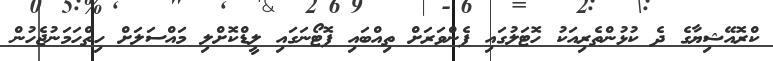
ކްރޮއޭޝިޔާގެ ދެ ކުޅުންތެރިއަކު ހޮޓަލުގައި ފެންވަރަށް ތިއްބައި ފޮޓޯނަގައި ލީޑްކޮށްލި މައްސަލަށް ހިތްހަމަނުޖެހުން